Report on horse surra - Volume II, Part II
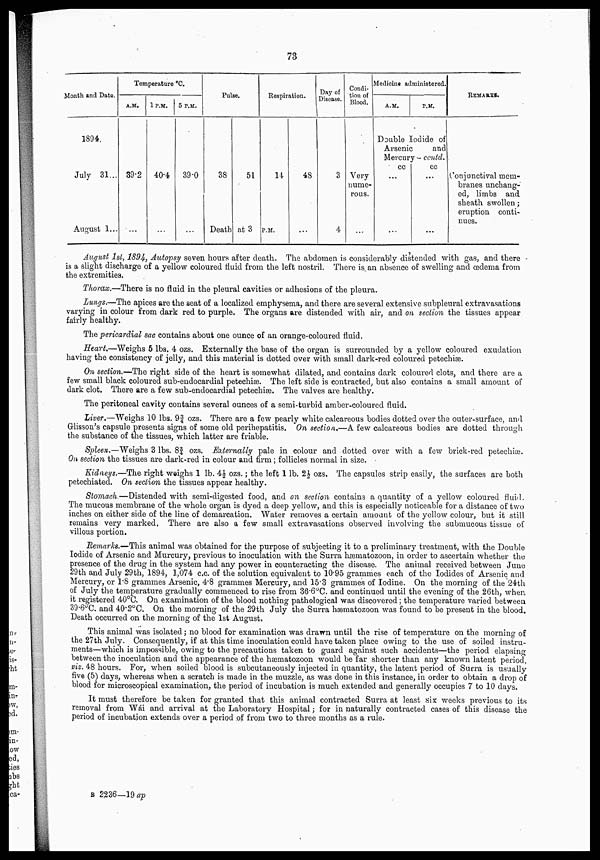
73
Month and Date.
1894.
July 31...
August 1...
Temperature ºC.
A.M.
39.2
...
1 P.M.
40.4
5 P.M.
39.0
...
Pulse.
38
Death
51
at 3
Respiration.
14
P.M.
48
...
Day of
Disease.
3
4
Condi-
tion of
Blood.
Very
nume-
rous.
...
Medicine administered.
A.M.
P.M.
Double Iodide of
Arsenic
and
Mercury - contd.
cc
...
...
cc
...
...
REMARKS.
conjunctival mem-
branes unchang-
ed, limbs and
sheath swollen ;
eruption conti-
nues.
August 1st, 1894, Autopsy seven hours after death. The abdomen is considerably distended with gas, and there
is a slight discharge of a yellow coloured fluid from the left nostril. There is an absence of swelling and œdema from
the extremities.
Thorax.—There is no fluid in the pleural cavities or adhesions of the pleura.
Lungs.—The apices are the seat of a localized emphysema, and there are several extensive subpleural extravasations
varying in colour from dark red to purple. The organs are distended with air, and on section the tissues appear
fairly healthy.
The pericardial sac contains about one ounce of an orange-coloured fluid.
Heart.—Weighs 5 lbs. 4 ozs. Externally the base of the organ is surrounded by a yellow coloured exudation
having the consistency of jelly, and this material is dotted over with small dark-red coloured petechiæ.
On section.—The right side of the heart is somewhat dilated, and contains dark coloured clots, and there are a
few small black coloured sub-endocardial petechiæ. The left side is contracted, but also contains a small amount of
dark clot. There are a few sub-endocardial petechiæ. The valves are healthy.
The peritoneal cavity contains several ounces of a semi-turbid amber-coloured fluid.
Liver.—Weighs 10 lbs. 9¾ ozs. There are a few pearly white calcareous bodies dotted over the outer-surface, and
Glisson's capsule presents signs of some old perihepatitis. On section.—A few calcareous bodies are dotted through
the substance of the tissues, which latter are friable.
Spleen.—Weighs 3 lbs. 8¾ ozs. Externally pale in colour and dotted over with a few brick-red petechiæ.
On section the tissues are dark-red in colour and firm ; follicles normal in size.
Kidneys.—The right weighs 1 lb. 4½ ozs.; the left 1 lb. 2½ ozs. The capsules strip easily, the surfaces are both
petechiated. On section the tissues appear healthy.
Stomach.—Distended with semi-digested food, and on section contains a quantity of a yellow coloured fluid.
The mucous membrane of the whole organ is dyed a deep yellow, and this is especially noticeable for a distance of two
inches on either side of the line of demarcation. Water removes a certain amount of the yellow colour, but it still
remains very marked. There are also a few small extravasations observed involving the submucous tissue of
villous portion.
Remarks.—This animal was obtained for the purpose of subjecting it to a preliminary treatment, with the Double
Iodide of Arsenic and Murcury, previous to inoculation with the Surra hæmatozoon, in order to ascertain whether the
presence of the drug in the system had any power in counteracting the disease. The animal received between June
29th and July 29th, 1894, 1,074 c.c. of the solution equivalent to 10.95 grammes each of the Iodides of Arsenic and
Mercury, or 1.8 grammes Arsenic, 4.8 grammes Mercury, and 15.3 grammes of Iodine. On the morning of the 24th
of July the temperature gradually commenced to rise from 36.6°C. and continued until the evening of the 26th, when
it registered 40°C. On examination of the blood nothing pathological was discovered ; the temperature varied between
39.6ºC. and 40.2°C. On the morning of the 29th July the Surra hæmatozoon was found to be present in the blood.
Death occurred on the morning of the 1st August.
This animal was isolated ; no blood for examination was drawn until the rise of temperature on the morning of
the 27th July. Consequently, if at this time inoculation could have taken place owing to the use of soiled instru-
ments—which is impossible, owing to the precautions taken to guard against such accidents—the period elapsing
between the inoculation and the appearance of the hæmatozoon would be far shorter than any known latent period,
viz. 48 hours. For, when soiled blood is subcutaneously injected in quantity, the latent period of Surra is usually
five (5) days, whereas when a scratch is made in the muzzle, as was done in this instance, in order to obtain a drop of
blood for microscopical examination, the period of incubation is much extended and generally occupies 7 to 10 days.
It must therefore be taken for granted that this animal contracted Surra at least six weeks previous to its
removal from Wái and arrival at the Laboratory Hospital ; for in naturally contracted cases of this disease the
period of incubation extends over a period of from two to three months as a rule.
B 2236—19 ap